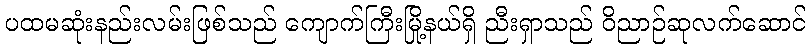
ပထမဆုံးနည်းလမ်းဖြစ်သည် ကျောက်ကြီးမြို့နယ်ရှိ ညီးရှာသည် ဝိညာဉ်ဆုလက်ဆောင်